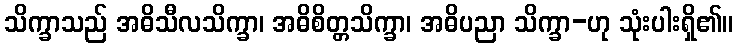
သိက္ခာသည် အဓိသီလသိက္ခာ၊ အဓိစိတ္တသိက္ခာ၊ အဓိပညာ သိက္ခာ-ဟု သုံးပါးရှိ၏။